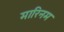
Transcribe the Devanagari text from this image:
मारिनम